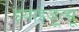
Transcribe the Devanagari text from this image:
इयाइजूत्सू